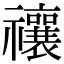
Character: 禳